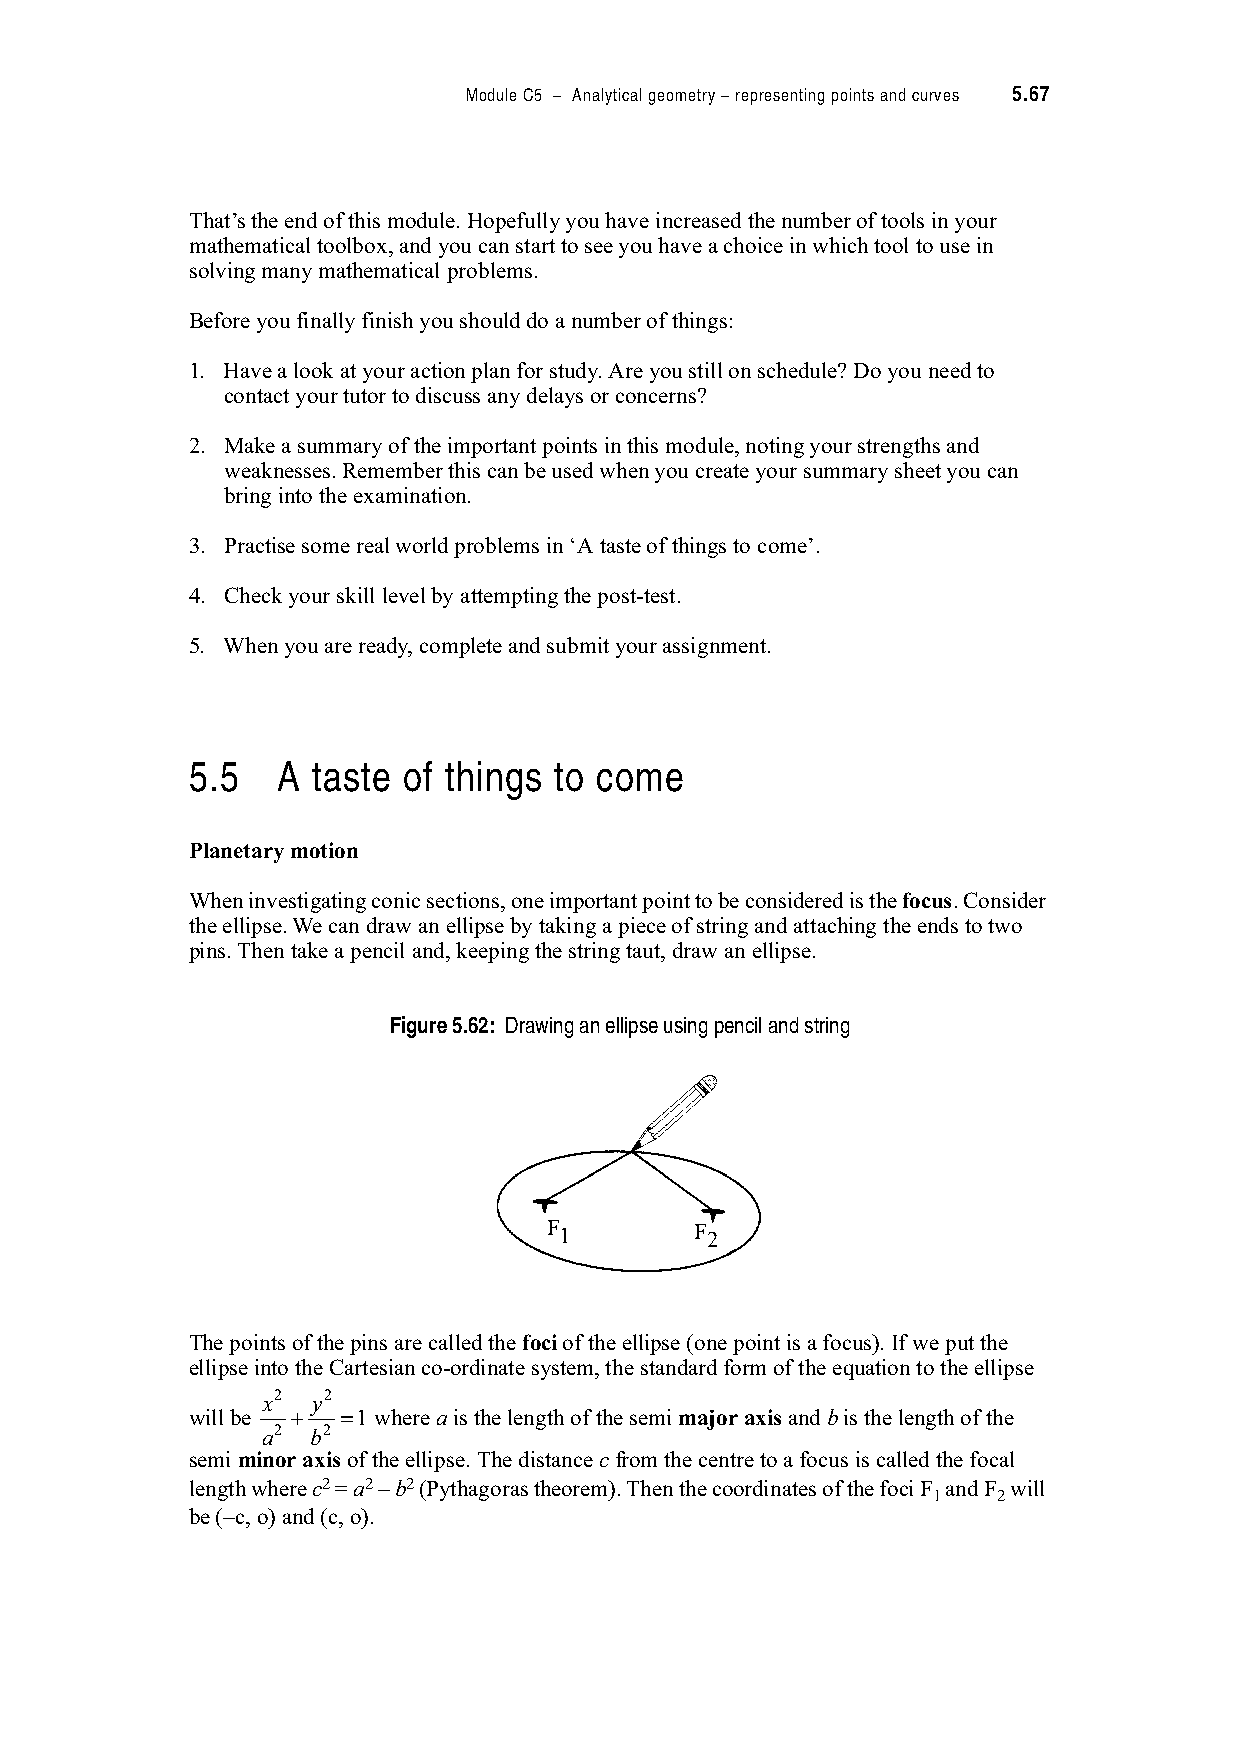
Module C5 – Analytical geometry – representing points and curves 5.67
 That’s the end of this module. Hopefully you have increased the number of tools in your
 mathematical toolbox, and you can start to see you have a choice in which tool to use in
 solving many mathematical problems.
 Before you finally finish you should do a number of things:
 1. Have a look at your action plan for study. Are you still on schedule? Do you need to
 contact your tutor to discuss any delays or concerns?
 2. Make a summary of the important points in this module, noting your strengths and
 weaknesses. Remember this can be used when you create your summary sheet you can
 bring into the examination.
 3. Practise some real world problems in ‘A taste of things to come’.
 4. Check your skill level by attempting the post-test.
 5. When you are ready, complete and submit your assignment.
 5.5   A  taste of things to come
 Planetary motion
 When investigating conic sections, one important point to be considered is the focus. Consider
 the ellipse. We can draw an ellipse by taking a piece of string and attaching the ends to two
 pins. Then take a pencil and, keeping the string taut, draw an ellipse.
 Figure 5.62: Drawing an ellipse using pencil and string
 F 1       F 2
 The points of the pins are called the foci of the ellipse (one point is a focus). If we put the
 ellipse into the Cartesian co-ordinate system, the standard form of the equation to the ellipse
 x2  y2
 will be #  "1 where a is the length of the semi major axis and b is the length of the
 a2  b2
 semi minor axis of the ellipse. The distance c from the centre to a focus is called the focal
 length where c2 = a2 – b2 (Pythagoras theorem). Then the coordinates of the foci F and F will
 1   2
 be (–c, o) and (c, o).